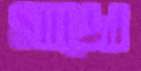
সাজো